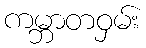
ကမ္ဘာတဝှမ်း